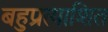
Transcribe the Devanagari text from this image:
बहुप्रत्याशित